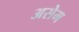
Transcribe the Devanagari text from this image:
असेम